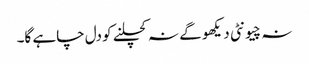
نہ چیونٹی دیکھو گے نہ کچلنے کو دل چاہے گا۔